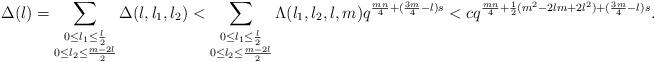
LaTeX: \begin{align*}\Delta(l) = \sum_{\substack{0 \le l_1 \le \frac{l}{2} \\ 0 \le l_2 \le \frac{m-2l}{2}}} \Delta(l,l_1,l_2)< \sum_{\substack{0 \le l_1 \le \frac{l}{2} \\ 0 \le l_2 \le \frac{m-2l}{2}}} \Lambda(l_1,l_2,l,m)q^{\frac{mn}{4}+(\frac{3m}{4}-l)s}<cq^{\frac{mn}{4}+\frac{1}{2}(m^2-2lm+2l^2)+(\frac{3m}{4}-l)s}.\end{align*}